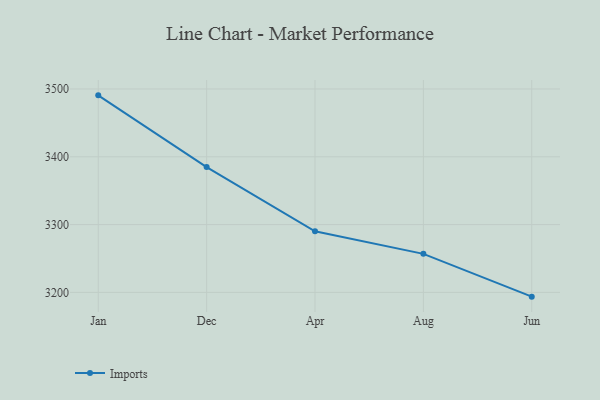
{"axis": {"x": "Month", "y": "Humidity (%)"}, "legend": ["Imports"], "data": [{"x": "Jan", "y": 3490.6, "type": "Imports"}, {"x": "Dec", "y": 3384.8, "type": "Imports"}, {"x": "Apr", "y": 3290.1, "type": "Imports"}, {"x": "Aug", "y": 3256.8, "type": "Imports"}, {"x": "Jun", "y": 3193.7, "type": "Imports"}]}